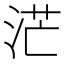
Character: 𱦡